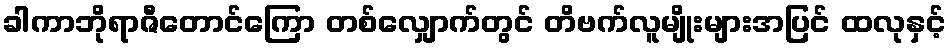
ခါကာဘိုရာဇီတောင်ကြော တစ်လျှောက်တွင် တိဗက်လူမျိုးများအပြင် ထလုနှင့်